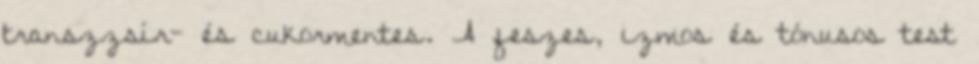
transzzsír- és cukormentes. A feszes, izmos és tónusos test